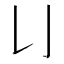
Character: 𠄍